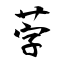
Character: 茡